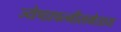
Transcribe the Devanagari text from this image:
ज्येष्ठापत्नीसमेताय